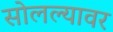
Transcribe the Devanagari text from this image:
सोलल्यावर